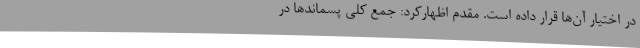
در اختیار آن‌ها قرار داده است. مقدم اظهارکرد: جمع کلی پسماندها در